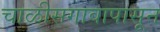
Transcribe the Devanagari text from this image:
चाळीसगावापासून